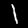
Digit: 1